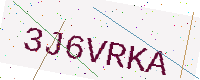
Text: 3J6VRKA